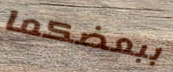
ببعضكما